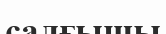
салғышы